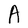
Character: A